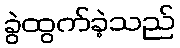
ခွဲထွက်ခဲ့သည်